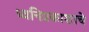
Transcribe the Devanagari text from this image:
ध्वनिप्रकाशाचे